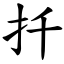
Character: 扦